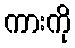
ကားကို